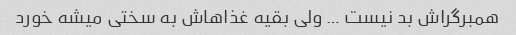
همبرگراش بد نیست … ولی بقیه غذاهاش به سختی میشه خورد